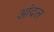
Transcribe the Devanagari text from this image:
आंदल